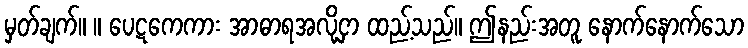
မှတ်ချက်။ ။ ပေဋကေကား အာဓာရအလို့ငှာ ထည့်သည်။ ဤနည်းအတူ နောက်နောက်သော